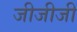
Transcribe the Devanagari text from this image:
जीजीजी